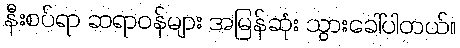
နီးစပ်ရာ ဆရာဝန်များ အမြန်ဆုံး သွားခေါ်ပါတယ်။